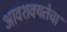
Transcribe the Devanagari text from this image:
आवशक्यतेचा